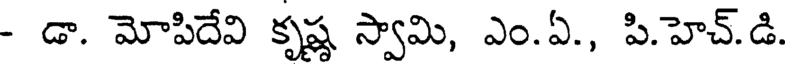
- డా. మోపిదేవి కృష్ణ స్వామి, ఎం.ఏ., పి.హెచ్.డి.